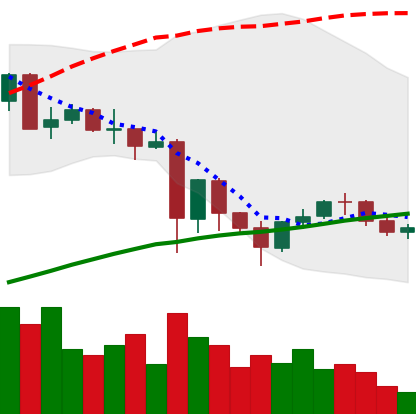
Ticker: NEO-USD
Chart end date: 2021-05-30
Forward return: 9.088%
Label: up_7plus